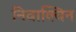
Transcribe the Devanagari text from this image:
निवाक्विन